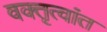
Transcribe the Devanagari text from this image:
वक्तृत्वांत